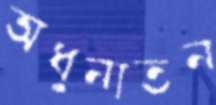
অধুনাতন